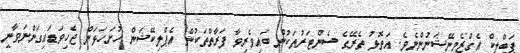
ޕަބްލިކް އެގްޒެމިނޭޝަނުންނެވެ. އަތޮޅު ތެރޭގެ ސެންޓަރުތަކުން ބައިވެރިވާ ފަރާތްތަކުން އެޕްލިކޭޝަން ހުށަހަޅަން ޖެހިވަޑައިގަންނަވާނީ